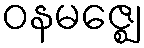
ဝနမဇ္ဈေ